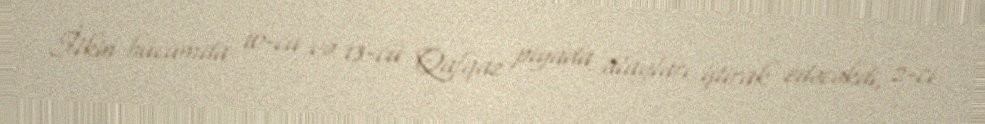
İlkin hücumda 10-cu və 13-cü Qafqaz piyada alayları iştirak edəcəkdi, 2-ci